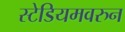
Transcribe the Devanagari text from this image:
स्टेडियमवरुन